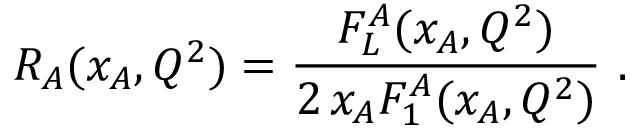
R _ { A } ( x _ { A } , Q ^ { 2 } ) = \frac { F _ { L } ^ { A } ( x _ { A } , Q ^ { 2 } ) } { 2 \, x _ { A } F _ { 1 } ^ { A } ( x _ { A } , Q ^ { 2 } ) } \ .